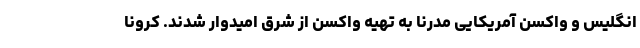
انگلیس و واکسن آمریکایی مدرنا به تهیه واکسن از شرق امیدوار شدند. کرونا